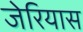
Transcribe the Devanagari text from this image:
जेरियास